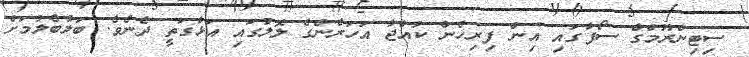
ސިޓިންރޫމްގެ ސޯފާގައި އިން ފިރިހެން ކުއްޖާ އަހަރެންގެ ލޮލުގައި އަޅާގަތީ ދެނެވެ. ބަލާބެލުމަށް